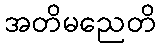
အတိမညေတိ